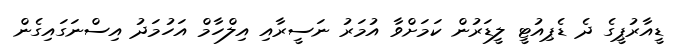
ޑީއާރުޕީގެ ދެ ޑެޕިއުޓީ ލީޑަރުން ކަމަށްވާ އުމަރު ނަސީރާއި އިލްހާމް އަހުމަދު އިސްނަގައިގެން